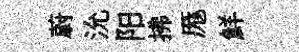
蔚沇阳拂厖鮮